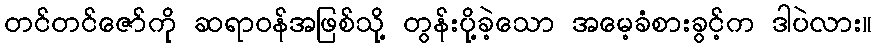
တင်တင်ဇော်ကို ဆရာဝန်အဖြစ်သို့ တွန်းပို့ခဲ့သော အမေ့ခံစားခွင့်က ဒါပဲလား။